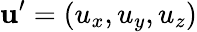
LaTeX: \mathbf{u^{\prime}}=(u_{x},u_{y},u_{z})